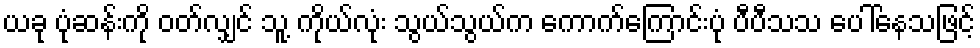
ယခု ပုံဆန်းကို ဝတ်လျှင် သူ့ ကိုယ်လုံး သွယ်သွယ်က ကောက်ကြောင်းပုံ ပီပီသသ ပေါ်နေသဖြင့်